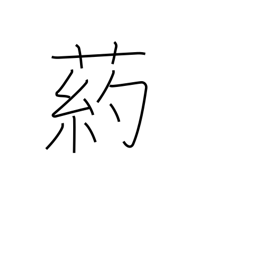
Meaning: type of tall grass